On a parasite found in the white corpuscles of the blood of palm squirrels - Number 24
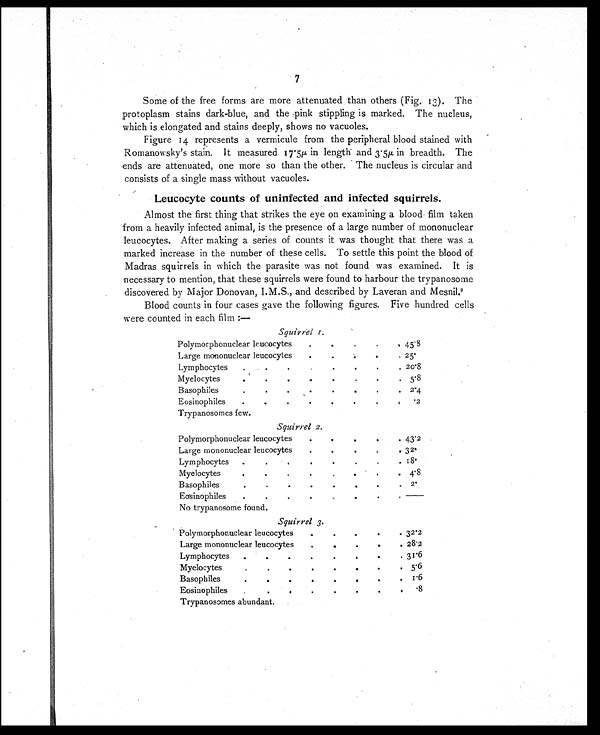
7
Some of the free forms are more attenuated than others (Fig. 13). The
protoplasm stains dark-blue, and the pink stippling is marked. The nucleus,
which is elongated and stains deeply, shows no vacuoles.
Figure 14 represents a vermicule from the peripheral blood stained with
Romanowsky's stain. It measured 17.5µ in length and 3.5µ. in breadth. The
ends are attenuated, one more so than the other. The nucleus is circular and
consists of a single mass without vacuoles.
Leucocyte counts of uninfected and infected squirrels.
Almost the first thing that strikes the eye on examining a blood film taken
from a heavily infected animal, is the presence of a large number of mononuclear
leucocytes. After making a series of counts it was thought that there was a
marked increase in the number of these cells. To settle this point the blood of
Madras squirrels in which the parasite was not found was examined. It is
necessary to mention, that these squirrels were found to harbour the trypanosome
discovered by Major Donovan, I.M.S., and described by Laveran and Mesnil.9
Blood counts in four cases gave the following figures. Five hundred cells
were counted in each film :—
Squirrel I.
Polymorphonuclear leucocytes
•
•
•
. . 45.8
Large mononuclear leucocytes
.
.
.
. 25.
Lymphocytes
.
.
.
.
.
.
.
. 20.8
Myelocytes
.
.
.
.
.
.
.
. 5.8
Basophiles
.
.
.
.
.
.
.
.
2.4
Eosinophiles
.
. .
.
.
.
.
.2
Trypanosomes few.
Squirrel 2.
Polymorphonuclear leucocytes
•
•
•
•
• 43.2
Large mononuclear leucocytes
.
. .
.
. 32.
Lymphocytes
.
.
.
.
.
.
. 18.
Myelocytes
•
•
•
.
.
•
•
.
4.8
Basophiles
.
.
.
.
. .
.
.
2.
Eosinophiles
•
•
•
.
. .
.
.
•
No trypanosome found.
Squirrel 3.
Polymorphonuclear leucocytes
.
.
.
.
. 32.2
Large mononuclear leucocyte
.
.
.
. 28.2
Lymphocytes
. . .
.
.
.
.
. 31.6
Myelocytes
.
.
.
.
.
.
. 5.6
Basophiles
.
. .
.
.
.
.
. 1.6
Eosinophiles
.
. .
.
.
.
. . .8
Trypanosomes abundant.